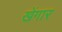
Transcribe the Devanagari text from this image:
खेंगार